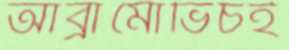
আব্রামোভিচই